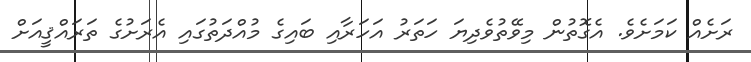
ރަށެއް ކަމަށެވެ. އެގޮތުން މިވޭތުވެދިޔަ ހަތަރު އަހަރާއި ބައިގެ މުއްދަތުގައި އެރަށުގެ ތަރައްޤީއަށް